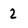
Character: 2